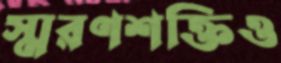
স্মরণশক্তিও